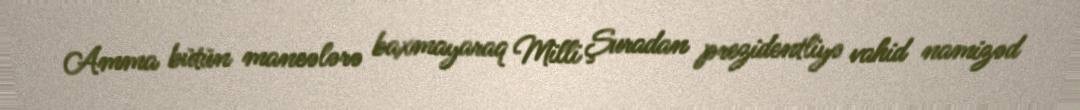
Amma bütün maneələrə baxmayaraq Milli Şuradan prezidentliyə vahid namizəd